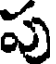
పు